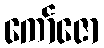
ကော်ဇော